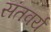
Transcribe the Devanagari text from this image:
संतवर्य